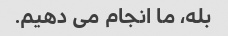
بله، ما انجام می دهیم.